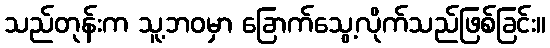
သည်တုန်းက သူ့ဘဝမှာ ခြောက်သွေ့လိုက်သည်ဖြစ်ခြင်း။